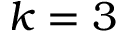
k = 3